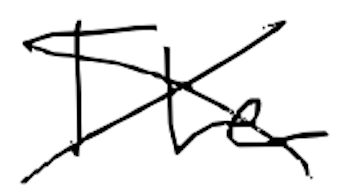
Text: The
Cross-out: cross
Writing tool: digital_black